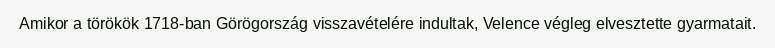
Amikor a törökök 1718-ban Görögország visszavételére indultak, Velence végleg elvesztette gyarmatait.